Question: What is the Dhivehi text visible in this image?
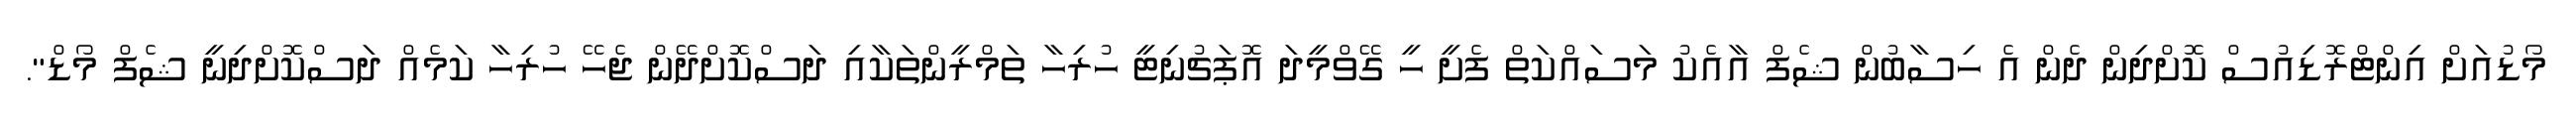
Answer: މޯޑުއަށް އިންޓްރޮޑިއުސް ކޮށްދިން ދެން އެ ހިސާބުން ޝެފް އާއެކު މަސައްކަތް ފެށީ ހީ ގޭވްމީދަ އޮޕަޗުނިޓީ ހުރިހާ ތަމްރީންތަކާއި ދަސްކޮށްދޭން ޖެހޭ ހުރިހާ ކަމެއް ދަސްކޮށްދިނީ ޝެފް މޯޑް".